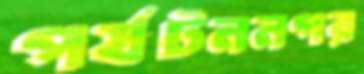
পর্যটননগর